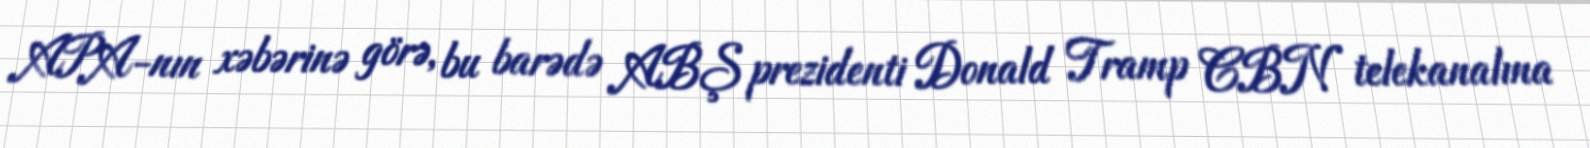
APA-nın xəbərinə görə, bu barədə ABŞ prezidenti Donald Tramp CBN telekanalına